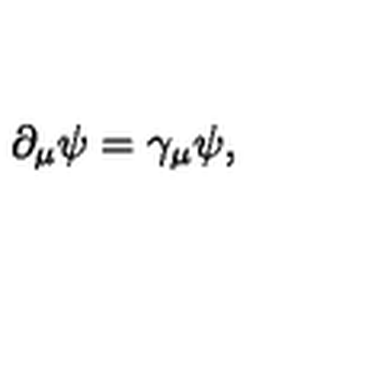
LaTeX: \partial _ { \mu } \psi = \gamma _ { \mu } \psi ,